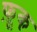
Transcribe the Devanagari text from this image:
फ़ूक